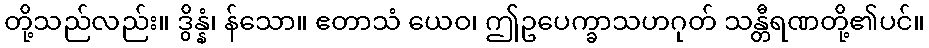
တို့သည်လည်း။ ဒွိန္နံ၊ န်သော။ ဧတာသံ ယေဝ၊ ဤဥပေက္ခာသဟဂုတ် သန္တီရဏတို့၏ပင်။